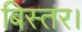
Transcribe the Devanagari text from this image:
बिस्तर।